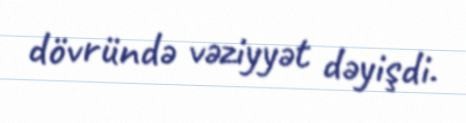
dövründə vəziyyət dəyişdi.